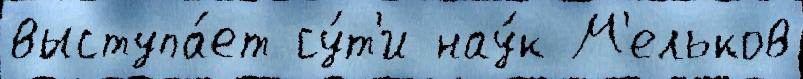
выступа́ет су́т'и нау́к М'ельков